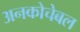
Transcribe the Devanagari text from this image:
अनकोचेबल